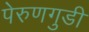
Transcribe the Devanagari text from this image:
पेरुणगुडी